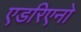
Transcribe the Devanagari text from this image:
एडरिएनो